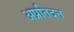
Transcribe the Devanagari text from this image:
अप्रतिदत्त